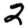
Digit: 2